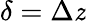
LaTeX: \delta=\Delta\mathit{z}